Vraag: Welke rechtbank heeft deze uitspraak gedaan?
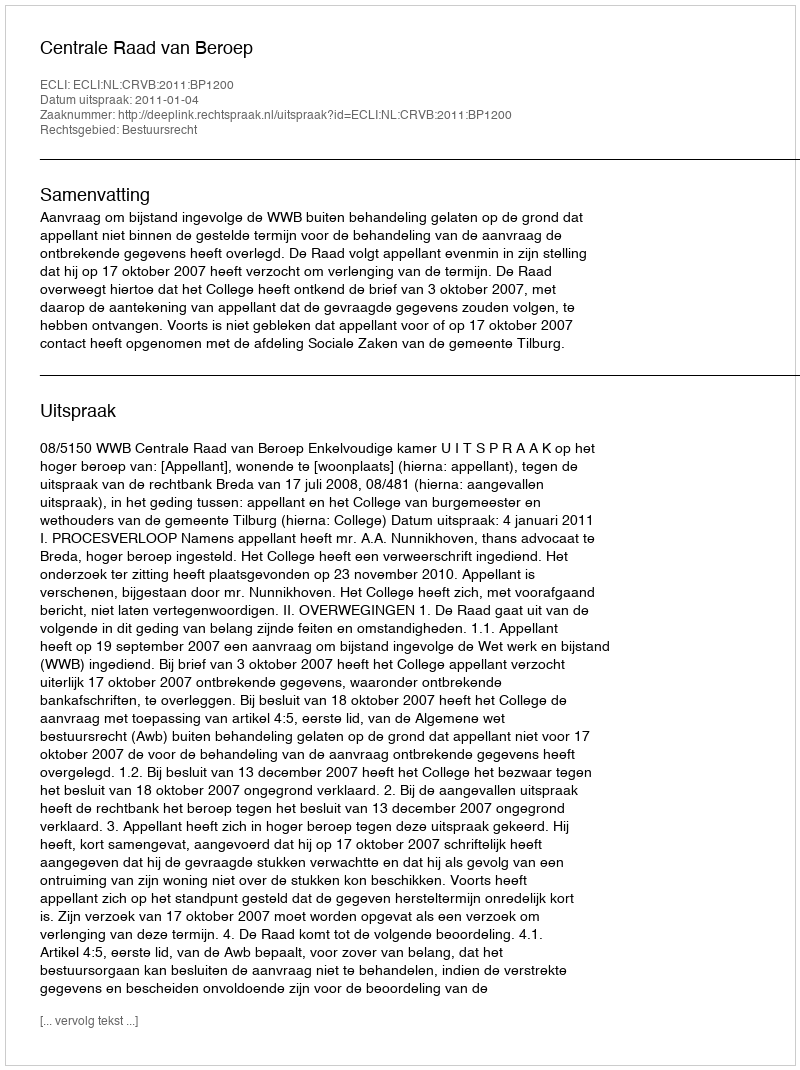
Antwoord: Centrale Raad van Beroep